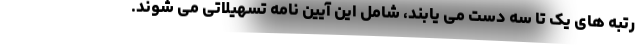
رتبه های یک تا سه دست می یابند، شامل این آیین نامه تسهیلاتی می شوند.